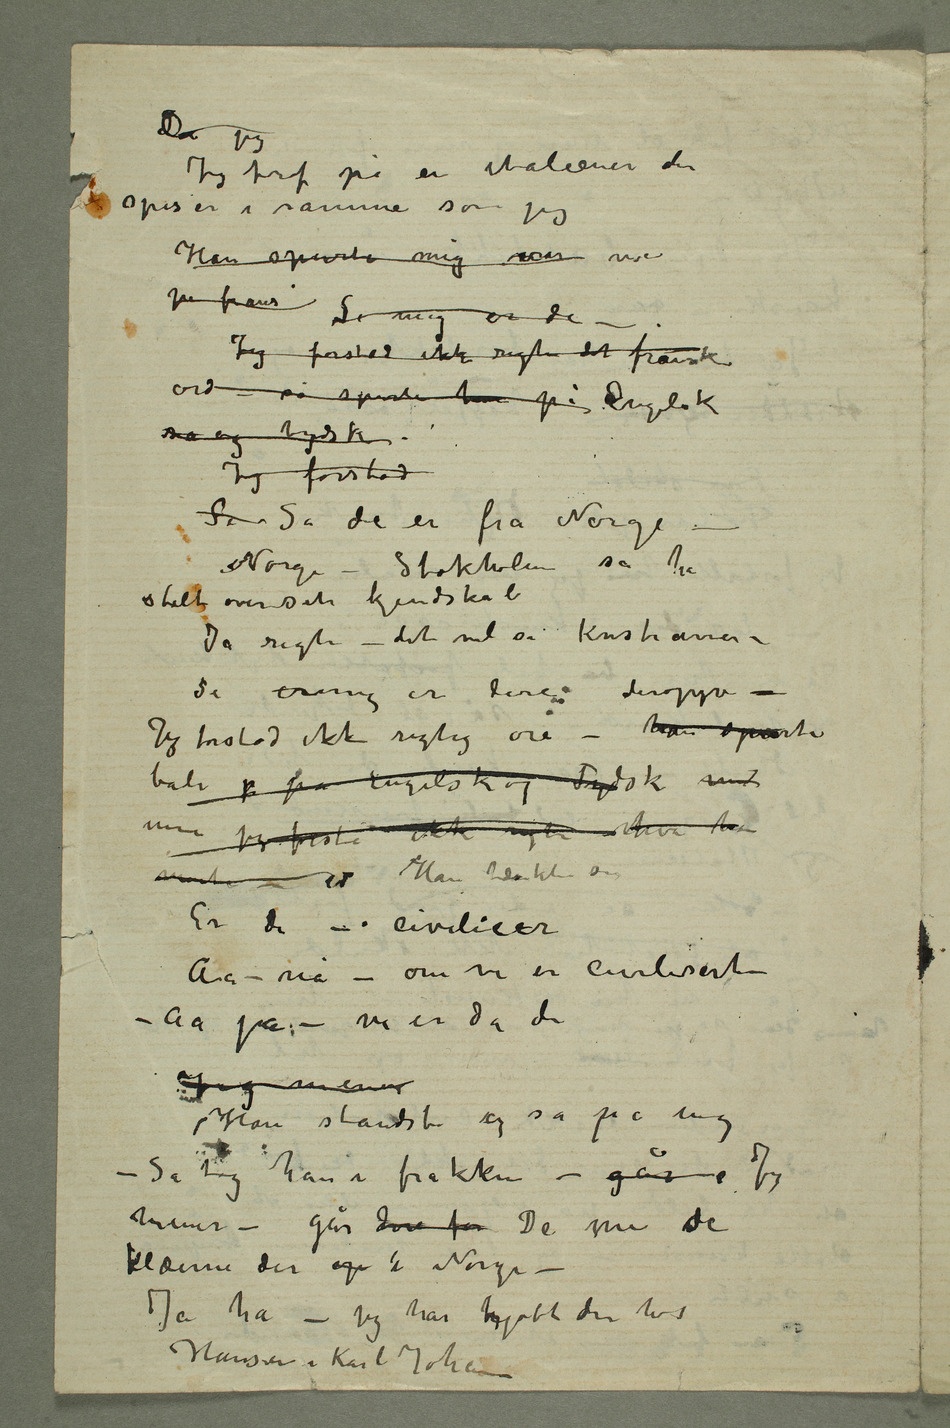
Da jeg
Jeg traf på en italiener der
spiser i samme som jeg
på frans – Si mig er de –
Jeg forstod ikke rigtig det franske
ord – så spurte han på Engelsk
så og tydsk
Jeg forstod
Så Så de er fra Norge –
Norge – Stockholm sa han
stolt over sit kjendskab
Si ermig er dere deroppe –
Jeg forstod ikke rigtig ore – han spurte
både på Engelsk og Tydsk med
men jeg forstod ikke rigti hva han
mente –  Han tænkte om
Er de – civilicer
Aa – nå – om vi er civilisert
– Aa ja – vi er da de
Jeg mener
Han standste og så på mig
– Så tok han i frakken – går  Jeg
mener – går dere fra De me sde
klæerne der op i Norge –
Ja ha – jeg har kjøbt den hos